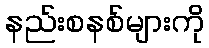
နည်းစနစ်များကို